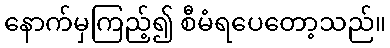
နောက်မှကြည့်၍ စီမံရပေတော့သည်။